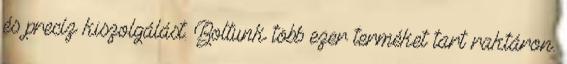
és precíz kiszolgálást. Boltunk több ezer terméket tart raktáron.